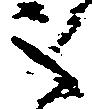
之